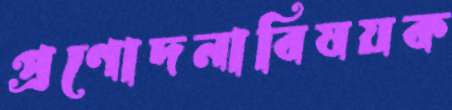
প্রণোদনাবিষয়ক